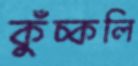
কুঁচ্‌কলি